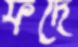
ফর্দে